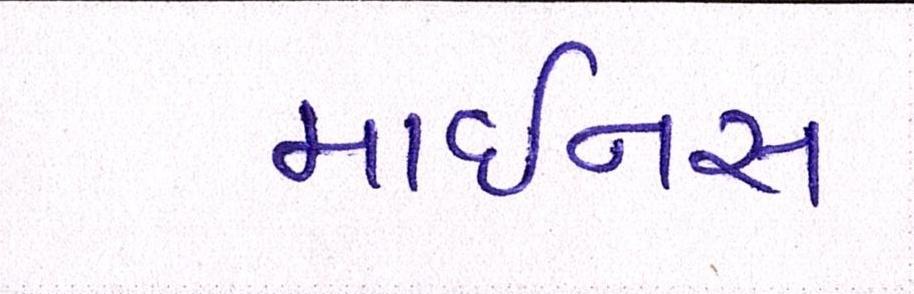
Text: માઇનસ